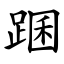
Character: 䠅